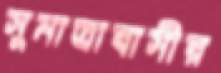
সুমাত্রাবাসীর